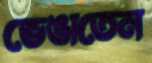
ভেঙাতেন